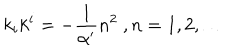
LaTeX: k _ { i } k ^ { i } = - \frac { 1 } { \alpha ^ { \prime } } n ^ { 2 } \ , n = 1 , 2 , \dots